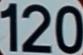
120